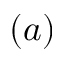
( a )